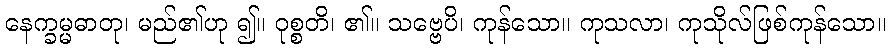
နေက္ခမ္မဓာတု၊ မည်၏ဟု ၍။ ဝုစ္စတိ၊ ၏။ သဗ္ဗေပိ၊ ကုန်သော။ ကုသလာ၊ ကုသိုလ်ဖြစ်ကုန်သော။